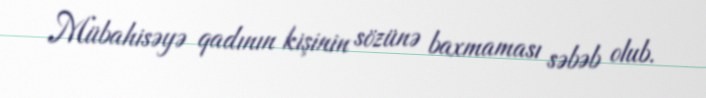
Mübahisəyə qadının kişinin sözünə baxmaması səbəb olub.